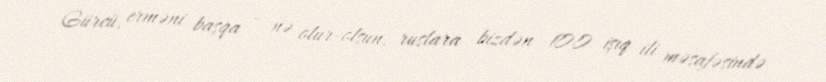
Gürcü, erməni başqa – nə olur-olsun, ruslara bizdən 100 işıq ili məsafəsində